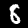
Digit: 8